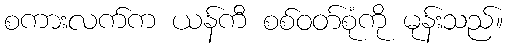
စကားလက်က ယန်ကီ စစ်ဝတ်စုံကို မုန်းသည်။